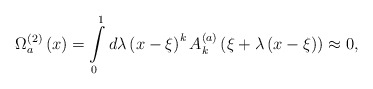
\begin{align*}\Omega _a^{\left( 2 \right)} \left( x \right) = \int\limits_0^1{d\lambda } \left( {x - \xi } \right)^k A_k^{\left( a \right)}\left( {\xi + \lambda \left( {x - \xi } \right)} \right) \approx0 , \end{align*}